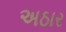
અઠાર